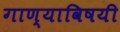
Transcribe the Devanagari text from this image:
गाण्याविषयी